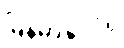
မြန်မာနိုင်ငံရှိ